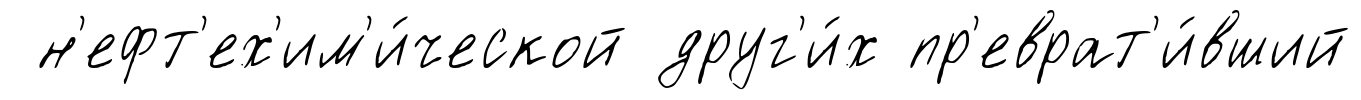
н'ефт'ех'им'и́ческой друг'и́х пр'еврат'и́вший